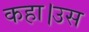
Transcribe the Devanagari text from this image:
कहा।उस